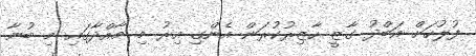
ފުލުހަށް އަބްދު ގާޒީ ހާޒިރުކުރަން އެންގި އިރު މި މާއްދާގައި މި ބުނާ